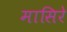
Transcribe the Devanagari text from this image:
मासिरे